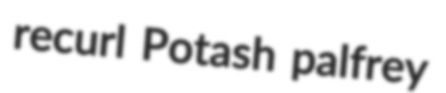
recurl Potash palfrey